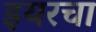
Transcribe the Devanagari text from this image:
इयरचा